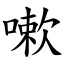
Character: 嗽